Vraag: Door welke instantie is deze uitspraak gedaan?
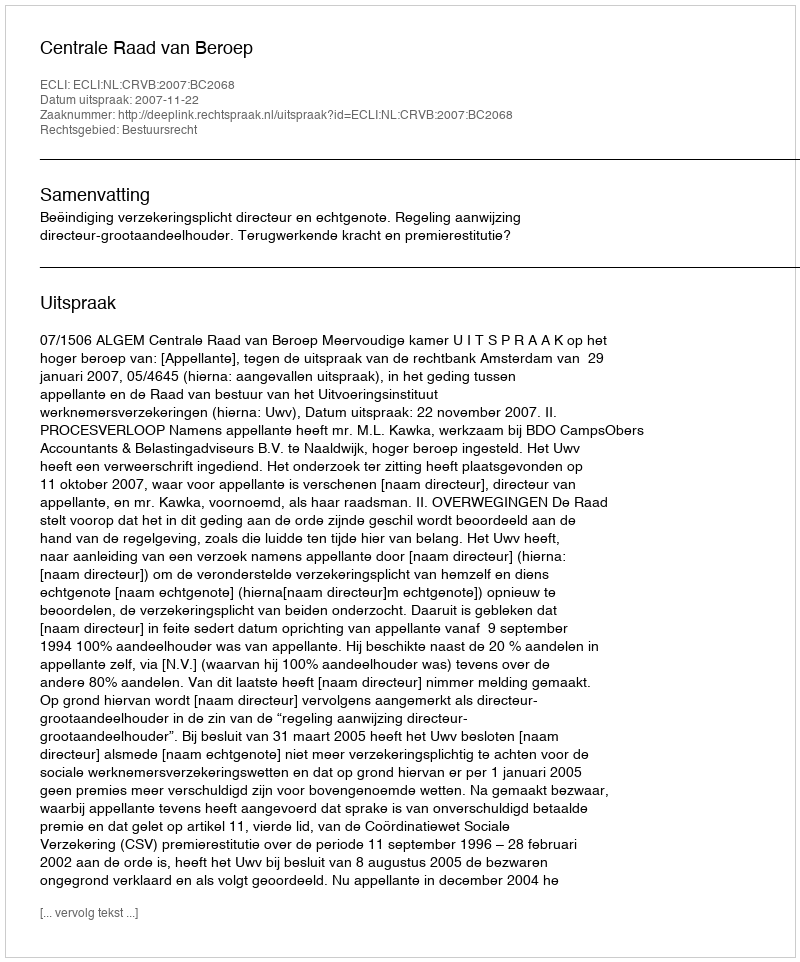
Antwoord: Centrale Raad van Beroep